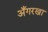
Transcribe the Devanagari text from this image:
अँगरखा